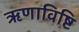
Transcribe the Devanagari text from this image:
ऋणाविष्टि